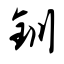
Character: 钏